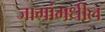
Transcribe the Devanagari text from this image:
जागांमधील